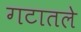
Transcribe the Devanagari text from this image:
गटातले